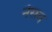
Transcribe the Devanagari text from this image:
नेसव